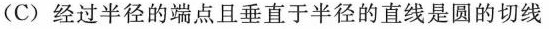
(C)经过半径的端点且垂直于半径的直线是圆的切线